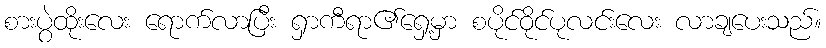
စားပွဲထိုးလေး ရောက်လာပြီး ရှာကီရာ၏ရှေ့မှာ စပိုင်ဝိုင်ပုလင်းလေး လာချပေးသည်။